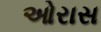
ઓરાસ